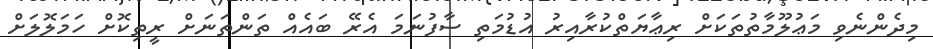
މިދެންނެވި މަޢުލޫމާތުތަކަށް ރިޢާޔަތްކުރާއިރު އުޑުމަތި ސާފުނަމަ އެރޭ ބައެއް ތަންތަނަށް ރީތިކޮށް ހަމަލޮލަށް